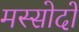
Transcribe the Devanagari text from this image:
मस्सोदों